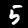
Label: 5